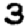
Digit: 3